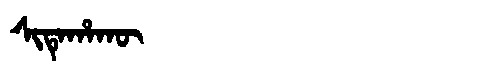
Manchu: ᠰᡳᡨᡝᡥᠠᡴᡡ
Romanization: SITEHAKŪ